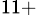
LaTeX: ^{11+}